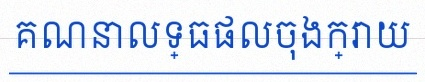
គណនាលទ្ធផលចុងក្រោយ